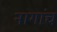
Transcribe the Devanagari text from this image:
नागांच